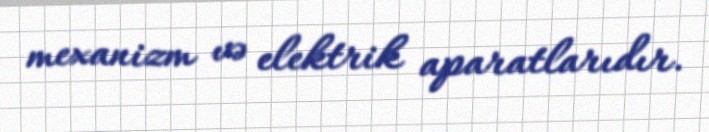
mexanizm və elektrik aparatlarıdır.